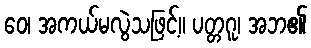
ဝေ၊ အကယ်မလွဲသဖြင့်။ ပတ္တဂူ၊ အဘ၏